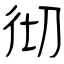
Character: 彻